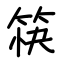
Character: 筷